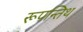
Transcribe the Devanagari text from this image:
रूपन्तिथ